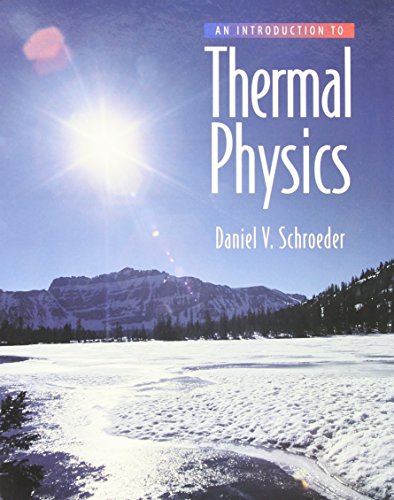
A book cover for An Introduction to Thermal Physics; Daniel V. Schroeder; Science & Math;